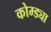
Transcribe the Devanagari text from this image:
कोम्ड्या